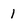
Character: 1